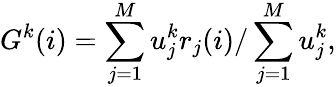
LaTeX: G^{k}(i)=\sum_{j=1}^{M}u_{j}^{k}r_{j}(i)/\sum_{j=1}^{M}u_{j}^{k},